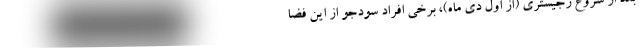
بعد از شروع رجیستری (از اول دی ماه)، برخی افراد سودجو از این فضا